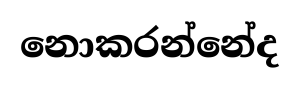
නොකරන්නේද